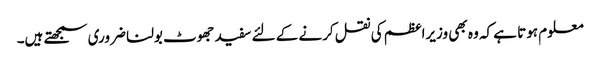
معلوم ہوتا ہے کہ وہ بھی وزیراعظم کی نقل کرنے کے لئے سفید جھوٹ بولنا ضروری سمجھتے ہیں۔